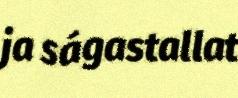
ja ságastallat